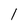
Character: l